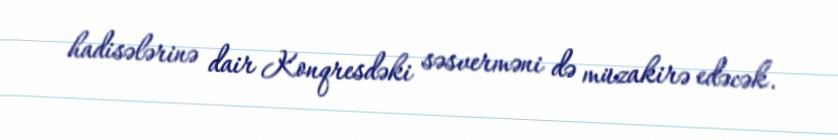
hadisələrinə dair Konqresdəki səsverməni də müzakirə edəcək.